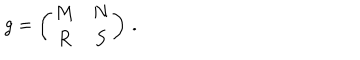
LaTeX: g = \left( \begin{array} { c c } { { M } } & { { N } } \\ { { R } } & { { S } } \\ \end{array} \right) \, .